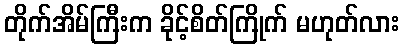
တိုက်အိမ်ကြီးက ခိုင့်စိတ်ကြိုက် မဟုတ်လား